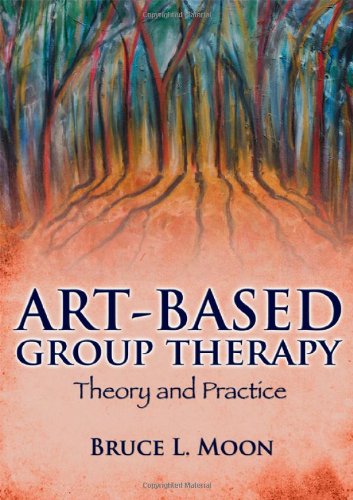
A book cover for Art-Based Group Therapy: Theory and Practice; Bruce L. Moon; Health, Fitness & Dieting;